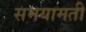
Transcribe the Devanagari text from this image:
समयामती